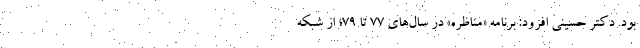
بود. دکتر حسینی افزود: برنامه ‌«مناظره» در سال‌های 77 تا 79؛ از شبکه